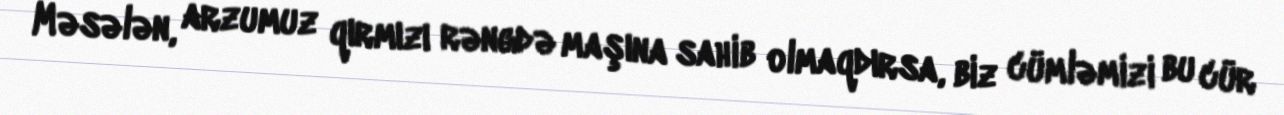
Məsələn, arzumuz qırmızı rəngdə maşına sahib olmaqdırsa, biz cümləmizi bu cür